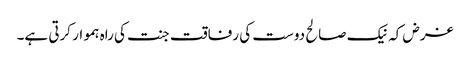
غرض کہ نیک صالح دوست کی رفاقت جنت کی راہ ہموار کرتی ہے۔